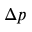
\Delta p